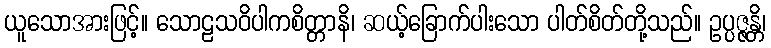
ယူသောအားဖြင့်။ သောဠသဝိပါကစိတ္တာနိ၊ ဆယ့်ခြောက်ပါးသော ပါတ်စိတ်တို့သည်။ ဥပ္ပဇ္ဇန္တိ၊